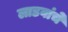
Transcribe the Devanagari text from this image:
लाडवांचे